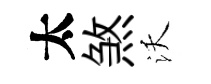
太煞沃